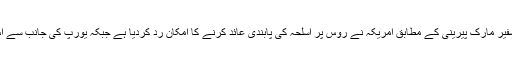
یورپی یونین کے ترکی میں سابق سفیر مارک پیرینی کے مطابق امریکہ نے روس پر اسلحہ کی پابندی عائد کرنے کا امکان رد کردیا ہے جبکہ یورپ کی جانب سے اس نوع کا اعلان محض دکھاوا ہے۔